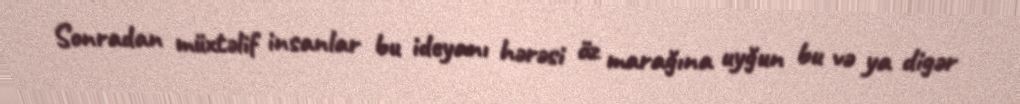
Sonradan müxtəlif insanlar bu ideyanı hərəsi öz marağına uyğun bu və ya digər